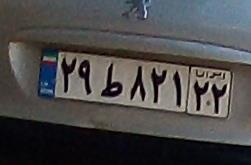
۲۹ط۸۲۱۲۲